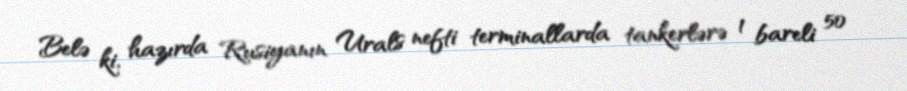
Belə ki, hazırda Rusiyanın Urals nefti terminallarda tankerlərə 1 bareli 50